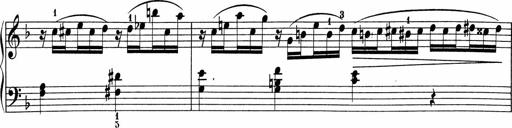
Title: 5 Sonatinen fÃ¼r die Jugend
Composer: Carl Reinecke